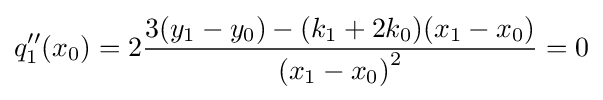
q''_{1}(x_{0})=2{\frac {3(y_{1}-y_{0})-(k_{1}+2k_{0})(x_{1}-x_{0})}{{(x_{1}-x_{0})}^{2}}}=0